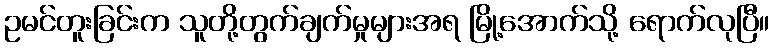
ဥမင်တူးခြင်းက သူတို့တွက်ချက်မှုများအရ မြို့အောက်သို့ ရောက်လုပြီ။